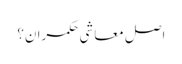
اصل معاشی حکمران؟